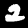
Digit: 2